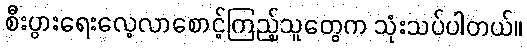
စီးပွားရေးလေ့လာစောင့်ကြည့်သူတွေက သုံးသပ်ပါတယ်။